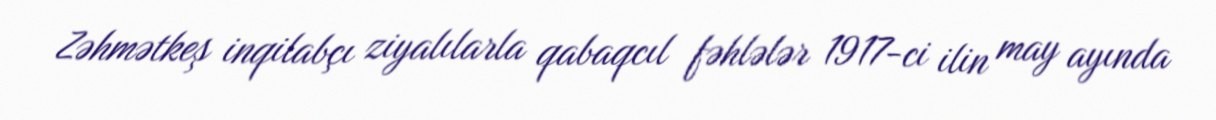
Zəhmətkeş inqilabçı ziyalılarla qabaqcıl fəhlələr 1917-ci ilin may ayında